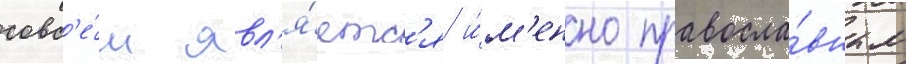
совс'е́м явл'я́етс'я и́м'енно правосла́вным